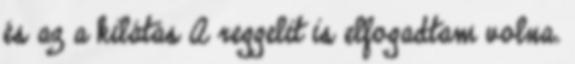
és az a kilátás A reggelit is elfogadtam volna.